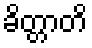
ခိတ္တာတိ